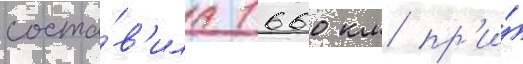
соста́в'ила 1660 км пр'и́